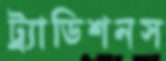
ট্র্যাডিশনস